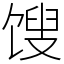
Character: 馊